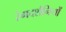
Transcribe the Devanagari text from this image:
रंगदर्शनियों